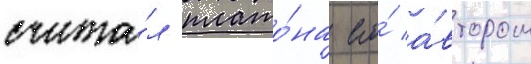
счита́л плато́на его́ а́втором